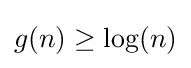
g(n)\geq \log(n)